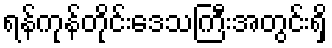
ရန်ကုန်တိုင်းဒေသကြီးအတွင်းရှိ